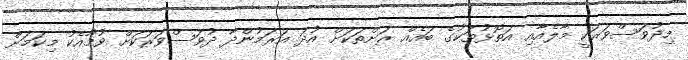
މިދުވަސްވަރަކީ މާލެއާއި އަތޮޅުތަކުގެ ބައެއް ރަށްތަކަށް އުދަ އަރަމުންދާ ދުވަސްވަރަކަށް ވުމާއެކު މިކަމަށް